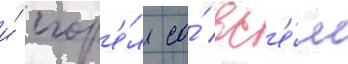
и́ сгор'е́л со́ вс'е́м